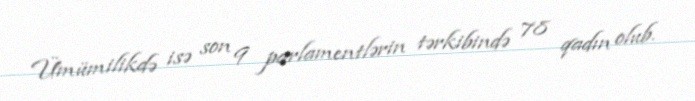
Ümümilikdə isə son 9 parlamentlərin tərkibində 78 qadın olub.